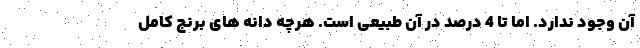
آن وجود ندارد. اما تا 4 درصد در آن طبیعی است. هرچه دانه های برنج کامل